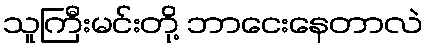
သူကြီးမင်းတို့ ဘာငေးနေတာလဲ